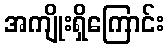
အကျိုးရှိကြောင်း